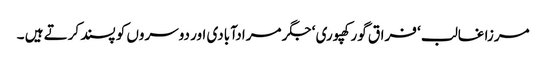
مرزا غالب ‘ فراق گورکھپوری ‘ جگر مرادآبادی اور دوسروں کو پسند کرتے ہیں ۔